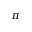
\pi